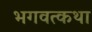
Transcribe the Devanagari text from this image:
भगवत्कथा